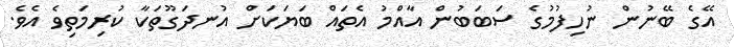
އޭގެ ބޭނުން ނުހިފުމުގެ ސަބަބުން އާއްމު އެތައް ބަޔަކަށް އުނދަގޫތަކާ ކުރިމަތިވެ އެވެ.